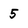
Character: 5